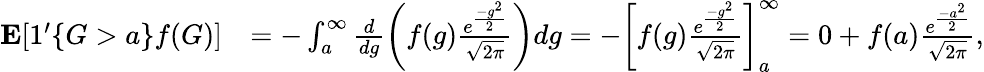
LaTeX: \begin{array}{rl}{\mathbf{E}[1^{\prime}\{ G>a\} f(G)]}&{=-\intop_{a}^{\infty}\frac{d}{dg}\left(f(g)\frac{e^{\frac{-g^{2}}{2}}}{\sqrt{2\pi}}\right)dg=-\left[f(g)\frac{e^{\frac{-g^{2}}{2}}}{\sqrt{2\pi}}\right]_{a}^{\infty}=0+f(a)\frac{e^{\frac{-a^{2}}{2}}}{\sqrt{2\pi}},}\end{array}